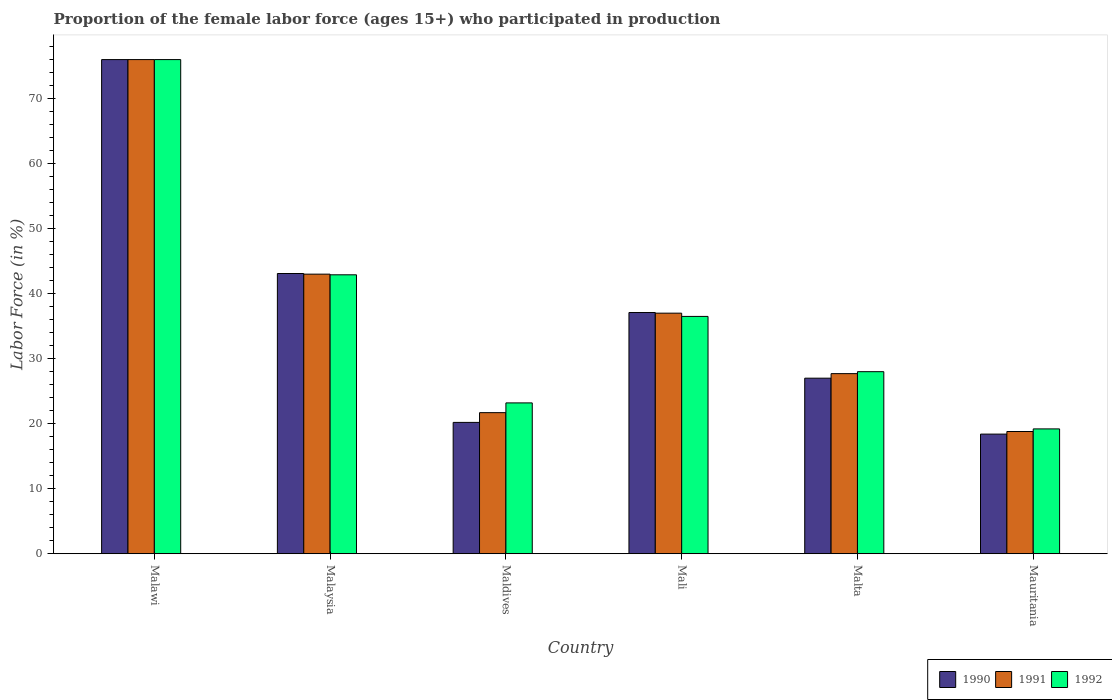
| Country | 1990 | 1991 | 1992 |
 | --- | --- | --- | --- |
 | Malawi | 76 | 76 | 76 |
 | Malaysia | 43.1 | 43 | 42.9 |
 | Maldives | 20.2 | 21.7 | 23.2 |
 | Mali | 37.1 | 37 | 36.5 |
 | Malta | 27 | 27.7 | 28 |
 | Mauritania | 18.4 | 18.8 | 19.2 |